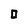
Character: 0